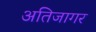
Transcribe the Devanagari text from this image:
अतिजागर